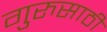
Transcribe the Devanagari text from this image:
गुरुसाठी